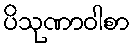
ပိသုဏာဝါစာ